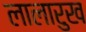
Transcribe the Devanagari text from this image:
लालारुख